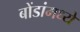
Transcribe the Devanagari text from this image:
बोंडांमध्ये